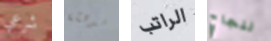
شرعي مدهشة الراتب لنجاح